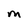
Character: m